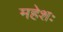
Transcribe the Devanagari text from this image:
महेशः